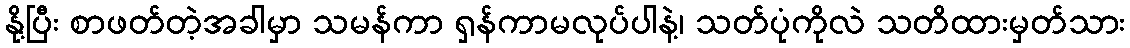
နို့ပြီး စာဖတ်တဲ့အခါမှာ သမန်ကာ ရှန်ကာမလုပ်ပါနဲ့၊ သတ်ပုံကိုလဲ သတိထားမှတ်သား